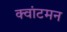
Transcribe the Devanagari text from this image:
क्वांटमन